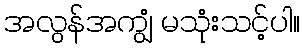
အလွန်အကျွံ မသုံးသင့်ပါ။